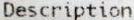
DESCRIPTION